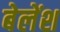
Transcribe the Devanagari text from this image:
बेलेंश